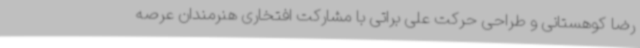
رضا کوهستانی و طراحی حرکت علی براتی با مشارکت افتخاری هنرمندان عرصه